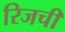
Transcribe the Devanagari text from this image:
रिजची